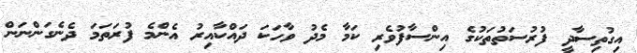
އިގުތިސާދީ ފުރުސަތުތަކުގެ އިންސާފުވެރި ކަމާ މެދު ވާހަކަ ދައްކާއިރު އެންމެ ފުރަތަމަ ދެނެގަންނަން